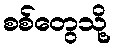
စစ်တွေသို့